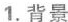
1.背景